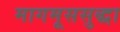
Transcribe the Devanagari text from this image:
मागमूससुद्धा